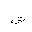
Letter: _shin